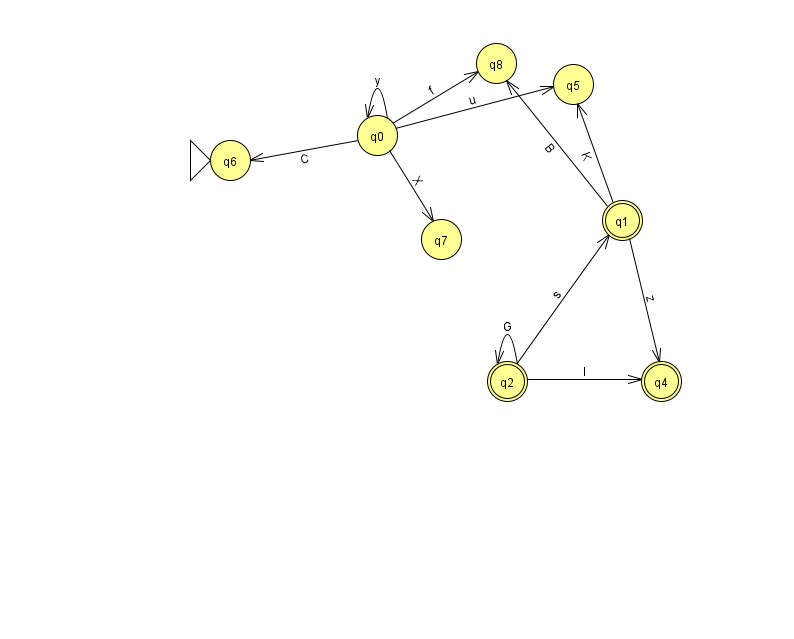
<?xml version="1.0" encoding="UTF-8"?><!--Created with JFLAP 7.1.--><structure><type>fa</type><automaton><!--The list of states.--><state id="0" name="q0"><x>377.0</x><y>122.0</y></state><state id="1" name="q1"><x>622.0</x><y>207.0</y><final/></state><state id="2" name="q2"><x>507.0</x><y>368.0</y><final/></state><state id="4" name="q4"><x>661.0</x><y>368.0</y><final/></state><state id="5" name="q5"><x>573.0</x><y>71.0</y></state><state id="6" name="q6"><x>230.0</x><y>147.0</y><initial/></state><state id="7" name="q7"><x>441.0</x><y>226.0</y></state><state id="8" name="q8"><x>496.0</x><y>50.0</y></state><!--The list of transitions.--><transition><from>2</from><to>4</to><read>l</read></transition><transition><from>1</from><to>5</to><read>K</read></transition><transition><from>0</from><to>6</to><read>C</read></transition><transition><from>2</from><to>2</to><read>G</read></transition><transition><from>0</from><to>0</to><read>y</read></transition><transition><from>2</from><to>1</to><read>s</read></transition><transition><from>0</from><to>7</to><read>X</read></transition><transition><from>1</from><to>8</to><read>B</read></transition><transition><from>1</from><to>4</to><read>z</read></transition><transition><from>0</from><to>5</to><read>u</read></transition><transition><from>0</from><to>8</to><read>f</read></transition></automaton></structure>